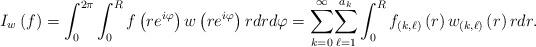
LaTeX: \begin{align*}I_{w}\left( f\right) =\int_{0}^{2\pi}\int_{0}^{R}f\left( re^{i\varphi}\right) w\left( re^{i\varphi}\right) rdrd\varphi={\displaystyle\sum_{k=0}^{\infty}}{\displaystyle\sum_{\ell=1}^{a_{k}}}\int_{0}^{R}f_{\left( k,\ell\right) }\left( r\right) w_{\left(k,\ell\right) }\left( r\right) rdr. \end{align*}